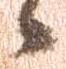
候